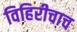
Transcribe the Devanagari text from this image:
विहिरीचाच